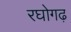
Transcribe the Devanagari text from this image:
रघोगढ़